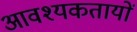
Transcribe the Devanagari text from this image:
आवश्यकतायों